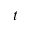
t